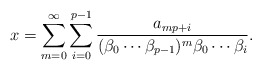
\begin{align*}x=\sum_{m=0}^\infty \sum_{i=0}^{p-1} \frac{a_{mp+i}}{(\beta_0\cdots\beta_{p-1})^m\beta_0\cdots\beta_i}.\end{align*}